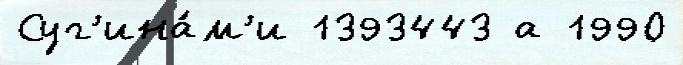
Суг'ина́м'и 1393443 а 1990